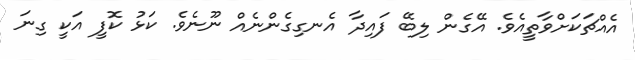
އެއްޗަކަށްވާތީއެވެ. އޭގެން ލިބޭ ފައިދާ އެނގިގެންނެއް ނޫނެވެ. ކަޅު ކޮފީ އަކީ ގިނަ